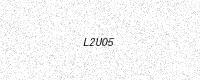
Text: L2U05